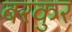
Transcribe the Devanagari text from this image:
बरकुर